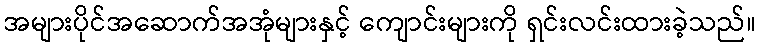
အများပိုင်အဆောက်အအုံများနှင့် ကျောင်းများကို ရှင်းလင်းထားခဲ့သည်။